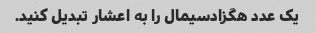
یک عدد هگزادسیمال را به اعشار تبدیل کنید.